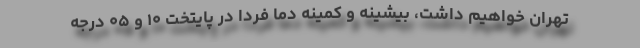
تهران خواهیم داشت، بیشینه و کمینه دما فردا در پایتخت ۱۰ و ۰۵ درجه